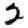
Digit: 2